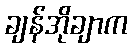
ချန်အိုချာက